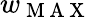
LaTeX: w_{\mathrm{~M~A~X~}}